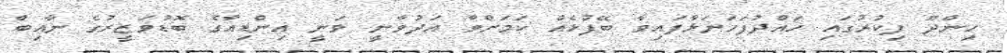
ހިންދޫ ފިކުރުގައި ހައްދުފަހަނަޅާފައިވާ ބޭފުޅެއް ކަމަށްވާ އަދުވާނީ ވަނީ އިންޑިއާގެ ބޮޑުވަޒީރުގެ ނާއިބް